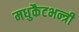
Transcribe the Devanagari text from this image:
मधुकैटभन्त्री